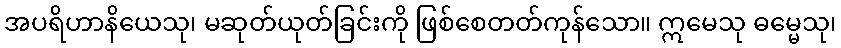
အပရိဟာနိယေသု၊ မဆုတ်ယုတ်ခြင်းကို ဖြစ်စေတတ်ကုန်သော။ ဣမေသု ဓမ္မေသု၊